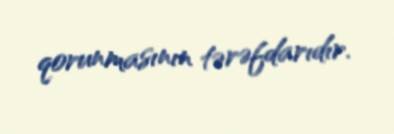
qorunmasının tərəfdarıdır.